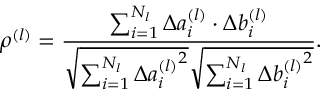
\rho ^ { ( l ) } = \frac { \sum _ { i = 1 } ^ { N _ { l } } \Delta a _ { i } ^ { ( l ) } \cdot \Delta b _ { i } ^ { ( l ) } } { \sqrt { \sum _ { i = 1 } ^ { N _ { l } } \Delta { a _ { i } ^ { ( l ) } } ^ { 2 } } \sqrt { \sum _ { i = 1 } ^ { N _ { l } } \Delta { b _ { i } ^ { ( l ) } } ^ { 2 } } } .